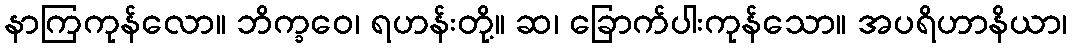
နာကြကုန်လော။ ဘိက္ခဝေ၊ ရဟန်းတို့။ ဆ၊ ခြောက်ပါးကုန်သော။ အပရိဟာနိယာ၊